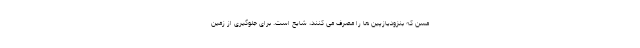
مسن که بنزودیازپین ها را مصرف می کنند، شایع است. برای جلوگیری از زمین